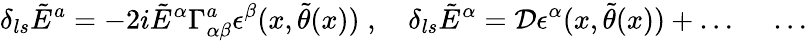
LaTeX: \delta_{ls}\tilde{E}^{a}=-2i\tilde{E}^{\alpha}\Gamma_{\alpha\beta}^{a}\epsilon^{\beta}(x,\tilde{\theta}(x))\; ,\quad\delta_{ls}\tilde{E}^{\alpha}={\cal D}\epsilon^{\alpha}(x,\tilde{\theta}(x))+\ldots\; \quad\ldots